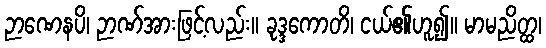
ဉာဏေနပိ၊ ဉာဏ်အားဖြင့်လည်း။ ခုဒ္ဒကောတိ၊ ငယ်၏ဟူ၍။ မာမညိတ္ထ၊